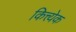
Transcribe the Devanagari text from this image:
कित्त्येक